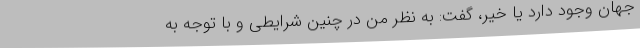
جهان وجود دارد یا خیر، گفت: به نظر من در چنین شرایطی و با توجه به